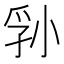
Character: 𪨁